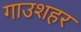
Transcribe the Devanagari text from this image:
गाउशहर